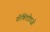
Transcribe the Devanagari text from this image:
गोविंददेवजी